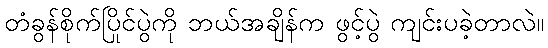
တံခွန်စိုက်ပြိုင်ပွဲကို ဘယ်အချိန်က ဖွင့်ပွဲ ကျင်းပခဲ့တာလဲ။